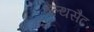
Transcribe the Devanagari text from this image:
हेल्थसैट